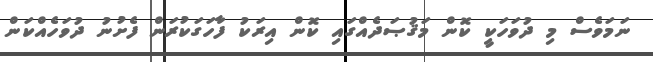
ނަމަވެސް މި ދުވަހަކީ ކޮން މަޤުޞަދެއްގައި ކޮން އިރަކު ފާހަގަކުރަން ފެށުނު ދުވަހެއްކަން